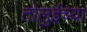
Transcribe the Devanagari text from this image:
तोलुईच्या